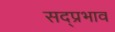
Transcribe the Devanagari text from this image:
सद्प्रभाव